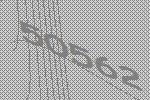
50562